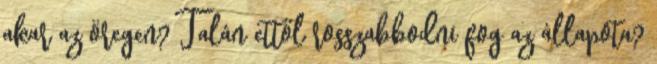
akar az öregen? Talán ettől rosszabbodni fog az állapota?